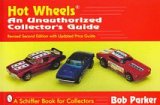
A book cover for Hot Wheels: An Unautorized Collector's Guide; Bob Parker; Crafts, Hobbies & Home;